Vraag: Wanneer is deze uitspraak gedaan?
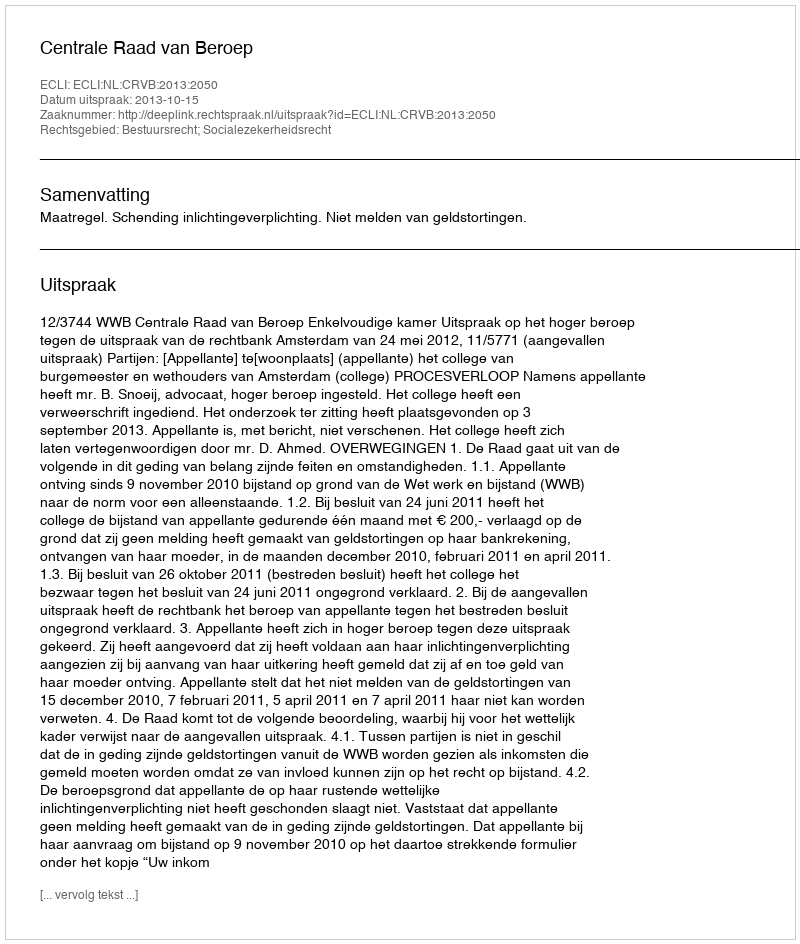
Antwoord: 2013-10-15